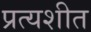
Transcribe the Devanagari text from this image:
प्रत्यशीत